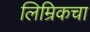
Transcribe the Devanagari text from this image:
लिम्रिकचा